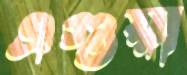
এগুয়া